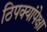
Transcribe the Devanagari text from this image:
ठिपक्यांपेक्षा